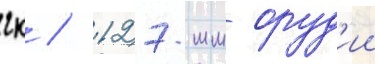
гк / 127-мм оруд'ии